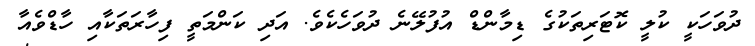
ދުވަހަކީ ކުލީ ކޮޓަރިތަކުގެ ޑިމާންޑް އުފުލޭނެ ދުވަހެކެވެ. އަދި ކަންމަތީ ފިހާރަތަކާއި ހާޑްވެއާ